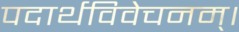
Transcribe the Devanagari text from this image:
पदार्थविवेचनम्।